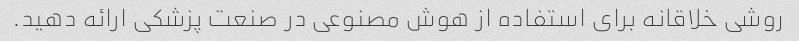
روشی خلاقانه برای استفاده از هوش مصنوعی در صنعت پزشکی ارائه دهید.